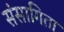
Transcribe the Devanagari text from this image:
संसागिता